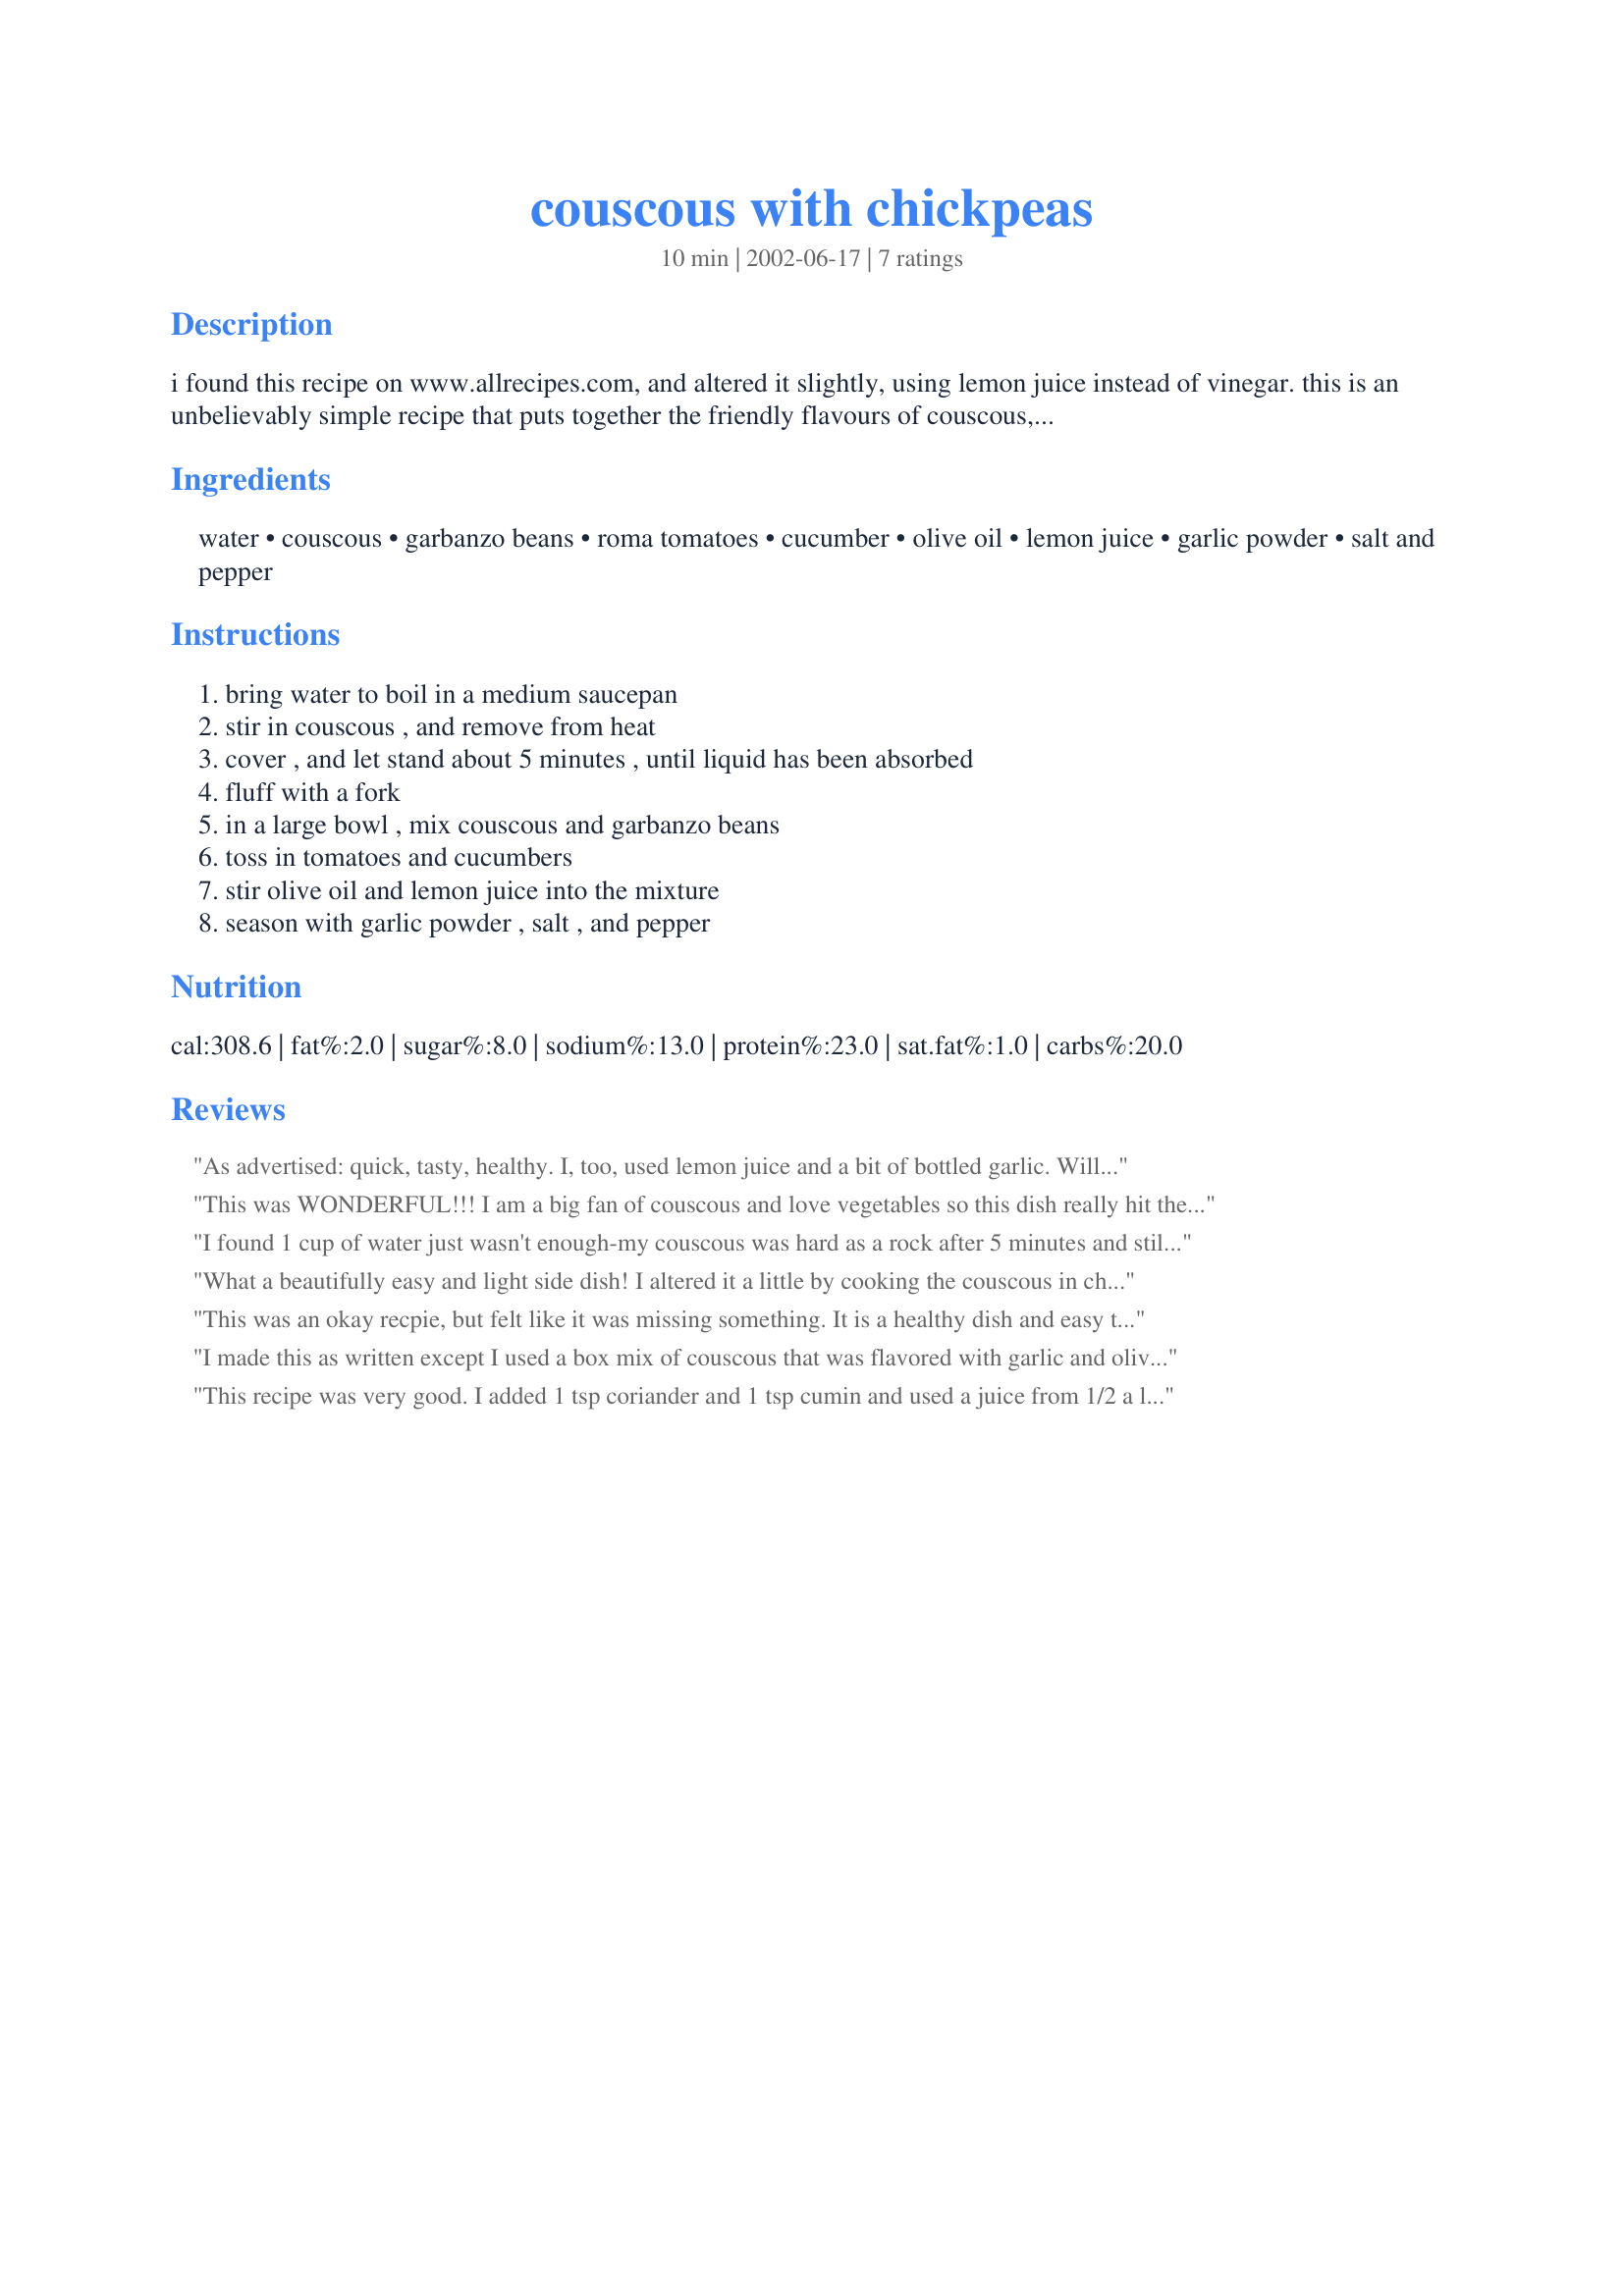
couscous with chickpeas
Preparation time: 10 minutes

i found this recipe on www.allrecipes.com, and altered it slightly, using lemon juice instead of vinegar. this is an unbelievably simple recipe that puts together the friendly flavours of couscous, chickpeas, plum tomatoes, and cucumbers, accompanied with the tang of lemon! this is great for quick meals when there's no time to spare!

Ingredients:
water, couscous, garbanzo beans, roma tomatoes, cucumber, olive oil, lemon juice, garlic powder, salt and pepper

Steps:
bring water to boil in a medium saucepan, stir in couscous , and remove from heat, cover , and let stand about 5 minutes , until liquid has been absorbed, fluff with a fork, in a large bowl , mix couscous and garbanzo beans, toss in tomatoes and cucumbers, stir olive oil and lemon juice into the mixture, season with garlic powder , salt , and pepper

Reviews:
As advertised: quick, tasty, healthy. I, too, used lemon juice and a bit of bottled garlic. Will make again for lunch. P.S. Gave it a 4 just because it isn't a Wowie recipe for me, but a really good one that I'll use.
This was WONDERFUL!!! I am a big fan of couscous and love vegetables so this dish really hit the spot for me!! I used fresh lemon juice instead of the vinegar and that too makes all the difference in the world. I added a tad more garlic to it. This is a great dish to keep on hand in the refrigerator when the "hungries" hit or to serve as a side dish.
I found 1 cup of water just wasn't enough-my couscous was hard as a rock after 5 minutes and still very chewy. A bit more water fixed that.
I used more lemon juice and oil as I couldn't imagine the quantities listed making much of a difference let alone providing "tang". 
I read the reviews and think the one saying something was missing is spot on-I think stock rather than water, and a fresh herb (mint or coriander) to finish would be good.
What a beautifully easy and light side dish! I altered it a little by cooking the couscous in chicken stock, used the juice from half of a large lemon, and threw in a whack of fresh parsley. It was still great the next day, slightly reheated and spruced up with a little more lemon juice. Thanks Anu, I will certainly make this again!
This was an okay recpie, but felt like it was missing something. It is a healthy dish and easy to make. I may make again, or even play with the recpie myself to add that missing ingredient.
Faith
I made this as written except I used a box mix of couscous that was flavored with garlic and olive oil and instead of the water, I cooked it in chicken broth. It was quite good, light and refreshing. Somehow, though, I felt like it was missing something. I added some red pepper but I would really have liked some other sort of "kick." Like I said, this was very good, but if someone figures out the extra kick let us all know! Thanks!!
This recipe was very good. I added 1 tsp coriander and 1 tsp cumin and used a juice from 1/2 a lime rather than lemon juice or vinegar. YUM!
